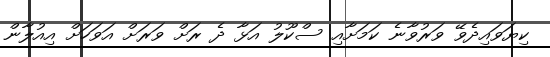
ކިޔަވައިދެވޭ ވަރުވާނެ ކަމަށާއި ސްކޫލު އަޅާ ދެ ރަށް ވަރަށް އަވަހަށް އިއުލާން